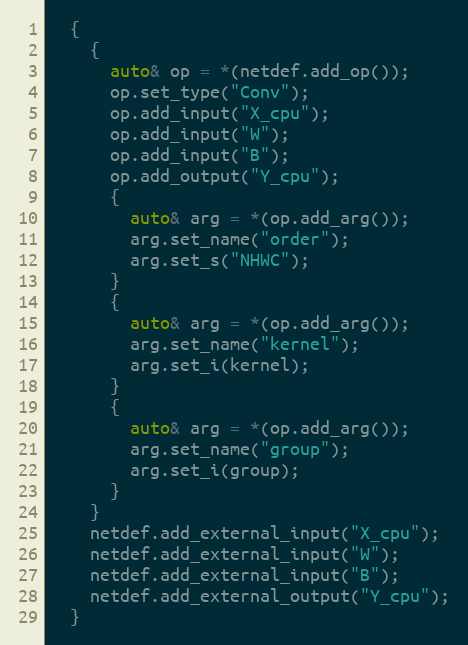
Language: C++
  {
    {
      auto& op = *(netdef.add_op());
      op.set_type("Conv");
      op.add_input("X_cpu");
      op.add_input("W");
      op.add_input("B");
      op.add_output("Y_cpu");
      {
        auto& arg = *(op.add_arg());
        arg.set_name("order");
        arg.set_s("NHWC");
      }
      {
        auto& arg = *(op.add_arg());
        arg.set_name("kernel");
        arg.set_i(kernel);
      }
      {
        auto& arg = *(op.add_arg());
        arg.set_name("group");
        arg.set_i(group);
      }
    }
    netdef.add_external_input("X_cpu");
    netdef.add_external_input("W");
    netdef.add_external_input("B");
    netdef.add_external_output("Y_cpu");
  }